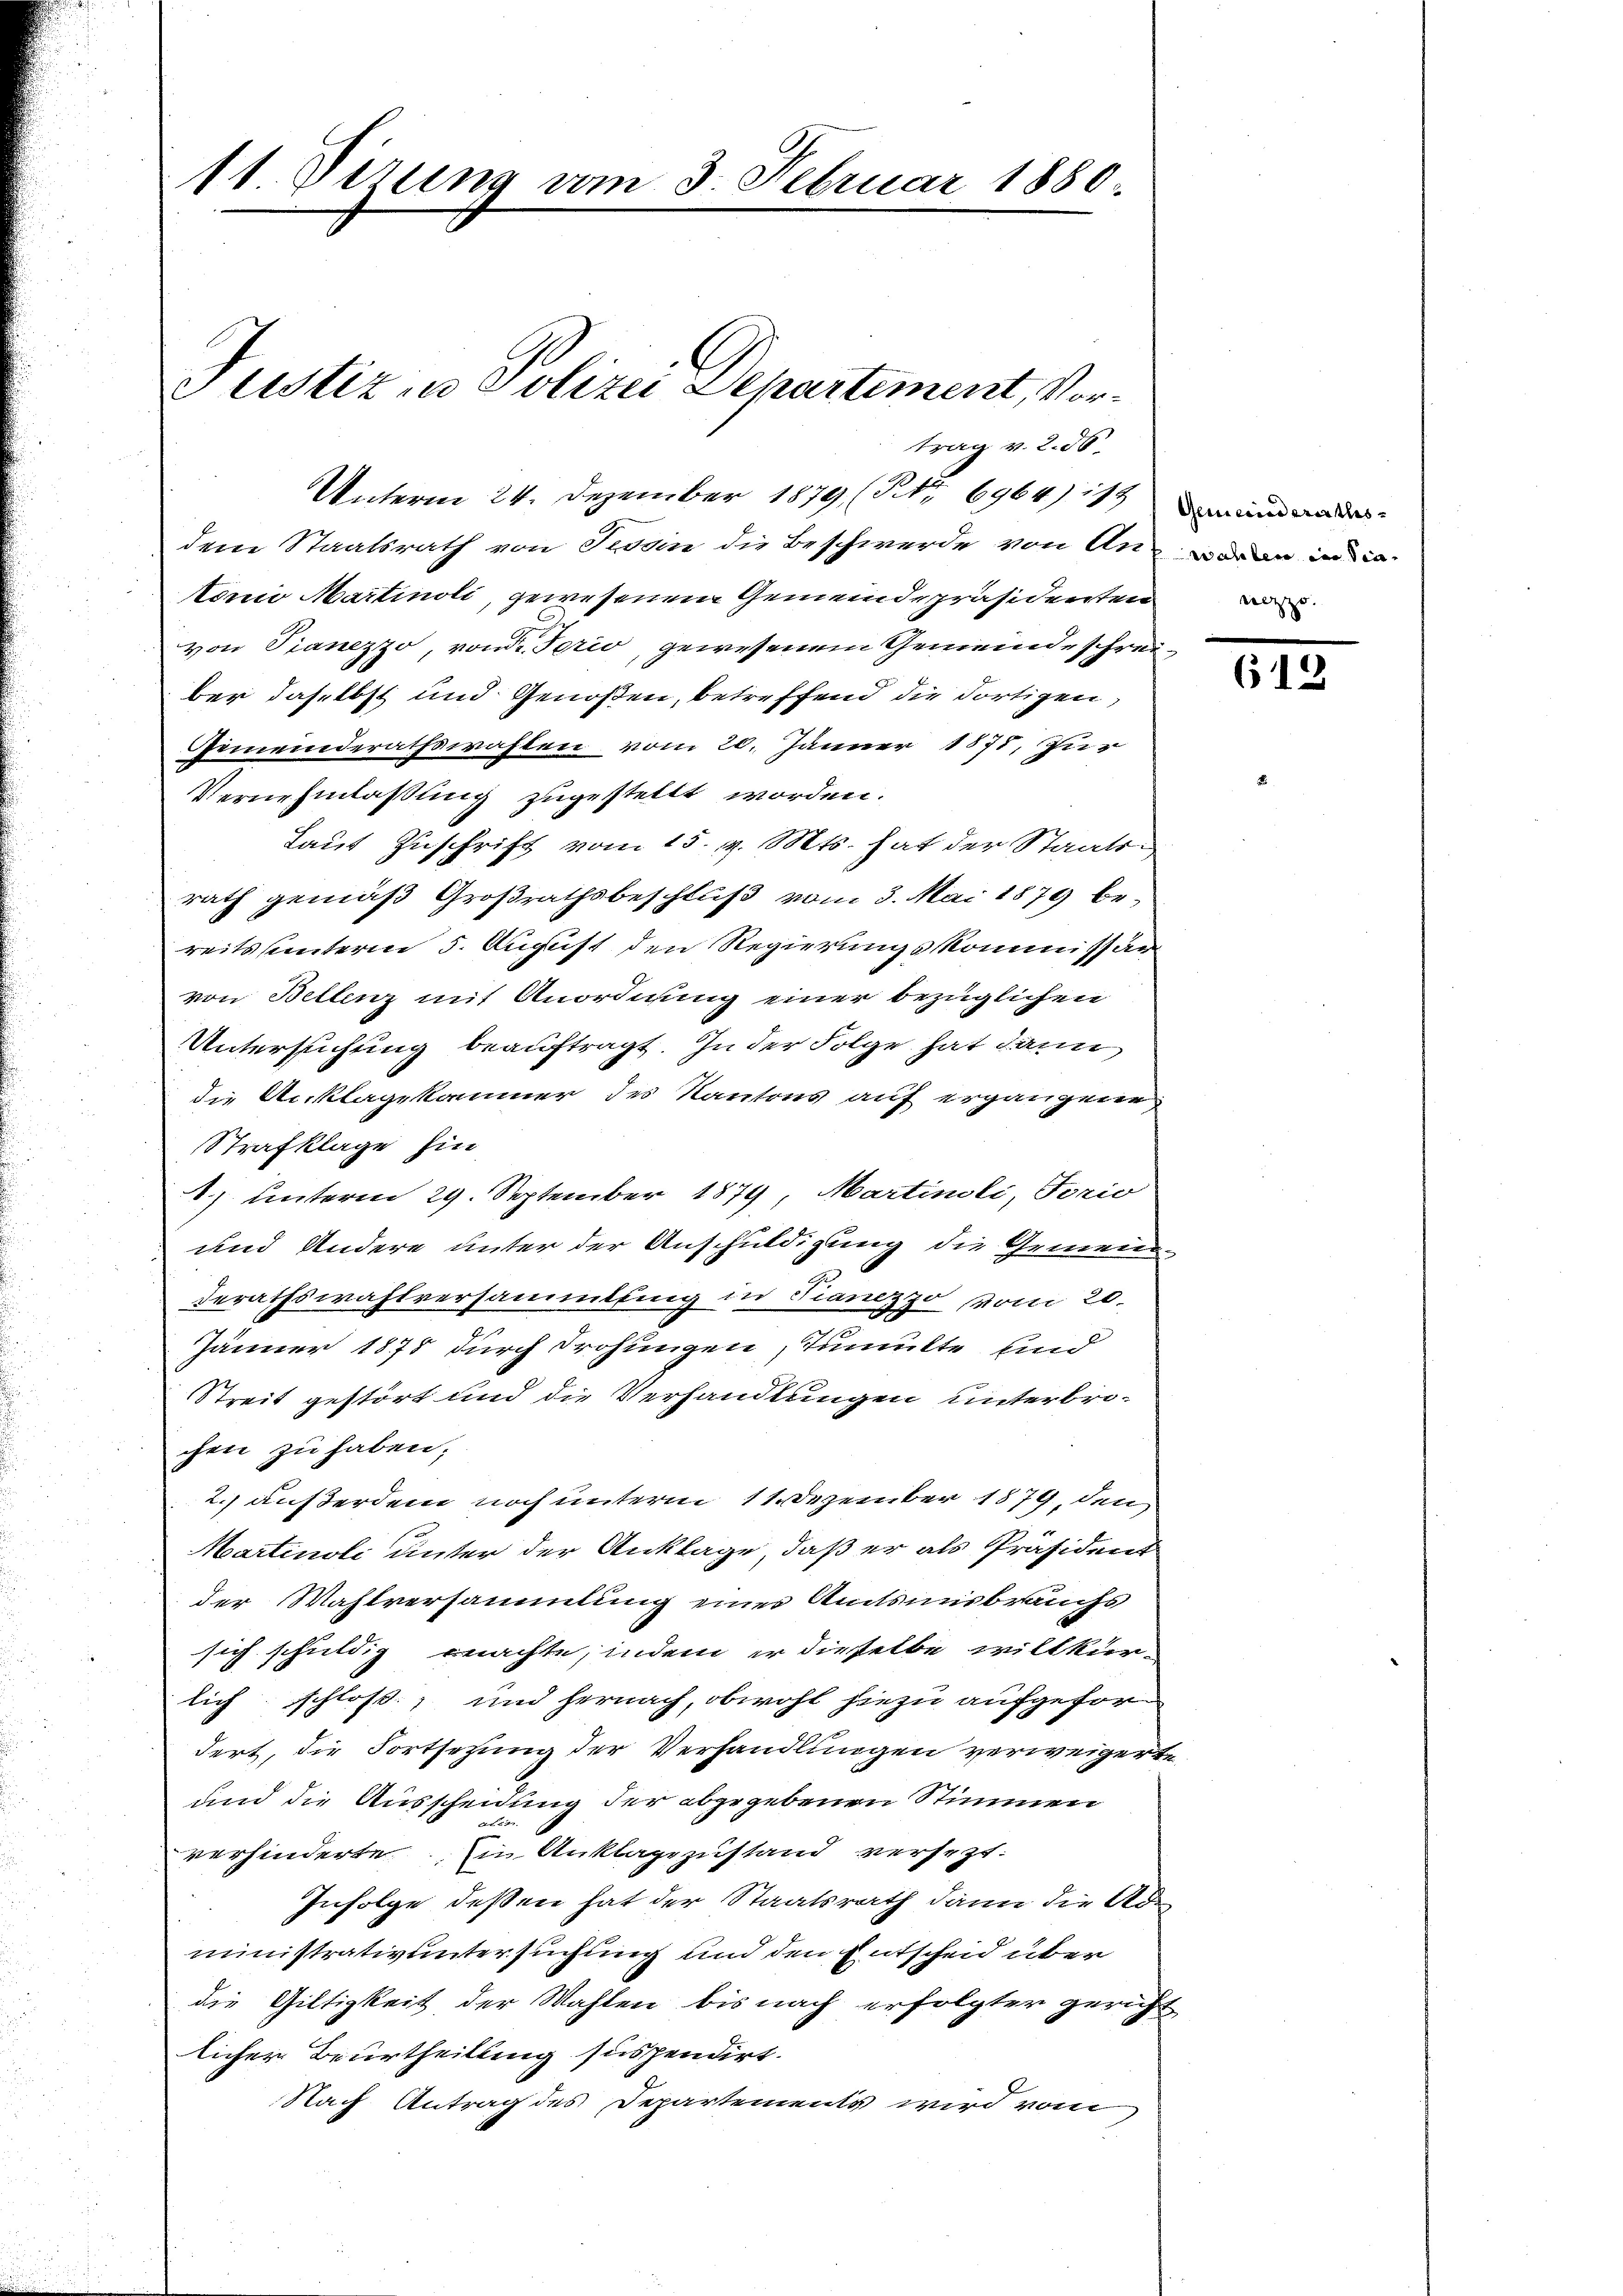
11. Verung vom 3. Februar 1880.

trag v. 2. 56.
den Staatsrath von Tessin die Beschwerde von Antonio Martinoli, gewesenem Gemeindepräsidenten
von Pianezzo, von dr. Perio, gewesenem Gemeinde schreiber daselbst und Genoßen, betreffend die dortigen,
Gemeinderathswahlen vom 20. Jänner 1877, Zur
Vernehmlaßung zugestellt worden.
Laut Zuschrift vom 15. v. Mts. hat der Staats-
rath gemäß Großrathsbeschluß vom 3. Mai 1879 bereits sunterm 5. August den Regierungskommissär
von Bellenz mit Anordnung einer bezüglichen
Untersuchung beauftragt. In der Folge hat dann
die Anklagekammer des Kantons auf ergangene
Strafklage hin
1) unterm 29. September 1879, Martinsli, Forio
und Andere unter der Anschuldigung die Gemen¬
Berathswahlversammlung in Tranizzo vom 20.
Jänner 1875 durch Frohungen, Tumulte und
Streit gestört und die Verhandlungen unterbre-
chen zu haben.
2.) Außerdem noch unterm 11. Dezember 1879, den
Martinoli unter der Anklage, daß er als Präsident
der Wahlversammlung einer Amtsinisbrauchs
sich schuldig machte, indem er dieselbe willkür-
lich schloß, und hernach, obwohl hiezu aufgefordert, die Fortsetzung der Verhandlungen verweigerte
und die Ausscheidung der abgegebenen Stimmen
A
verhinderte in Anklagezustand versezt:
Infolge deßen hat der Staatsrath dann die Administrativ untersuchung und den Entscheid über
die Giltigkeit der Wahlen bis nach erfolgter gericht
licher Beurtheilung suspendirt.
Nach Antrag des Departements wird vom

Unterm 24. Dezember 1879 (Nr. 6964) ist

Justiz- u Polizei Departement, Vor¬

Gemeindsrathswanter im Sin
rezzo.

612